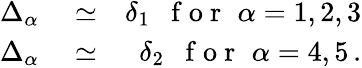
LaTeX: \begin{array}{rlr}{\Delta_{\alpha}}&{{}\simeq}&{\delta_{1}\, \, \, \mathrm{~f~o~r~}\, \, {\alpha}=1,2,3}\\ {\Delta_{\alpha}}&{{}\simeq}&{\delta_{2}\, \, \, \mathrm{~f~o~r~}\, \, {\alpha}=4,5\, .}\end{array}